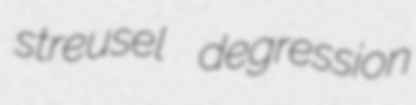
streusel degression